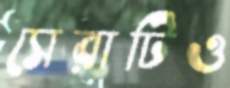
সেরাটিও